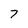
Character: 7